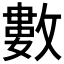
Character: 數